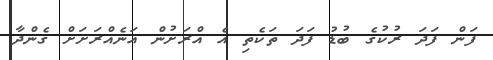
ފަން ފަދަ ރުކުގެ ބުޑު ފަދަ ތަކެތި އެ އްރަށުން އަނެއްރަށަށް ގެންދާ